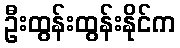
ဦးထွန်းထွန်းနိုင်က